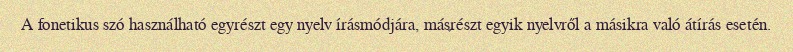
A fonetikus szó használható egyrészt egy nyelv írásmódjára, másrészt egyik nyelvről a másikra való átírás esetén.